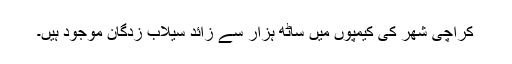
کراچی شھر کی کیمپوں میں ساٹھ ہزار سے زائد سیلاب زدگان موجود ہیں۔